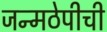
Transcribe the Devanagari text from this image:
जन्मठेपीची